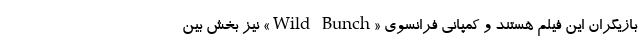
بازیگران این فیلم هستند و کمپانی فرانسوی «Wild Bunch» نیز بخش بین